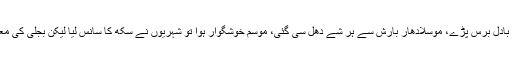
صبح سے شدید گرمی اور حبس کے بعد شام ڈھلے اندورن سندھ میں بادل برس پڑے، موسلادھار بارش سے ہر شے دھل سی گئی، موسم خوشگوار ہوا تو شہریوں نے سکھ کا سانس لیا لیکن بجلی کی معطلی نے ان کا مزہ پھیکا کردیا حیسکو کے کئی فیڈرز ٹرپ کرگئے۔